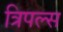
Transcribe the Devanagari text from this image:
त्रिपल्स